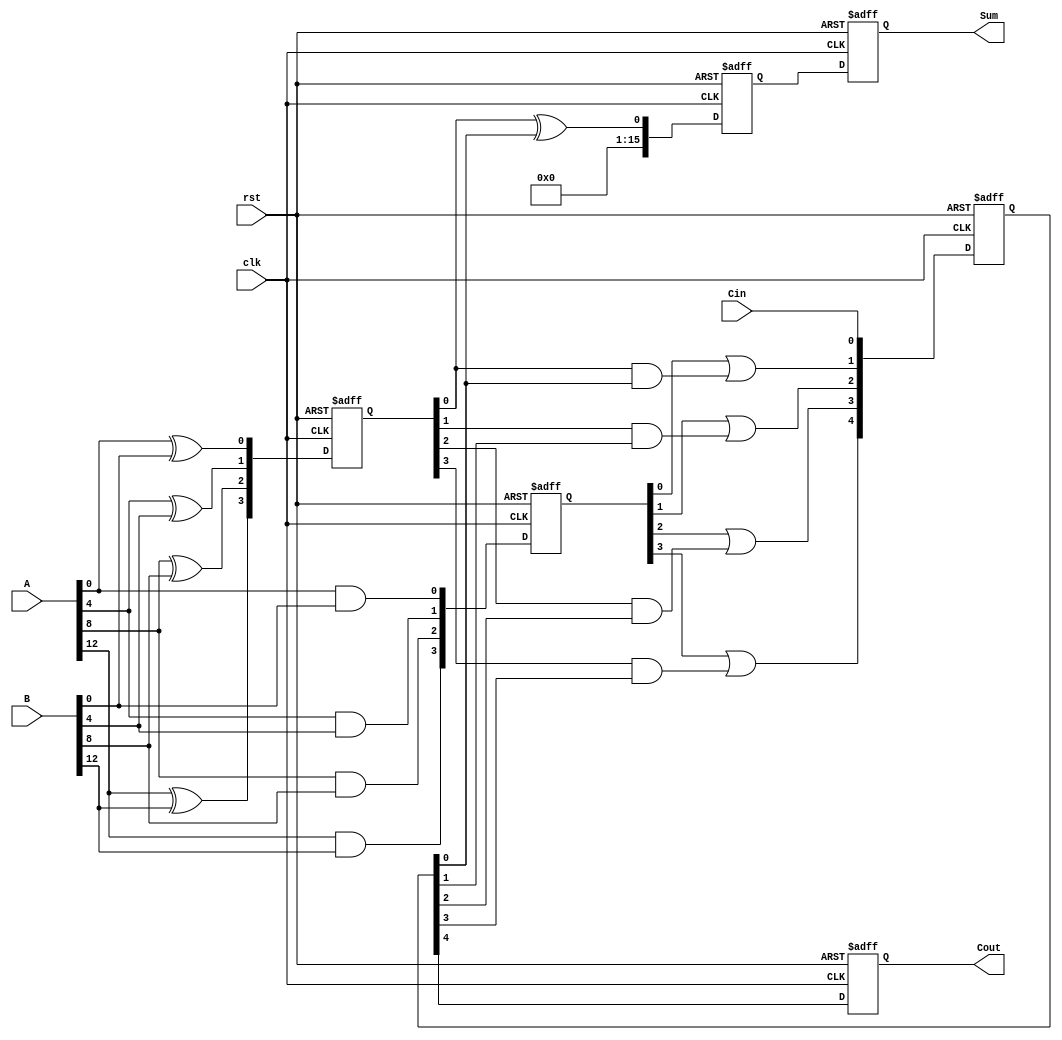
module PipelinedCLA (
    input wire clk,
    input wire rst,
    input wire [15:0] A,
    input wire [15:0] B,
    input wire Cin,
    output reg [15:0] Sum,
    output reg Cout
);

    // Parameters
    localparam N = 4; // Number of groups
    localparam GROUP_SIZE = 4; // Size of each group

    // Internal signals
    reg [N-1:0] P; // Propagate signals
    reg [N-1:0] G; // Generate signals
    reg [N:0] C; // Carry signals
    reg [15:0] Sum_stage [0:N-1]; // Sum for each stage

    // Stage 1: Compute P and G
    always @(posedge clk or posedge rst) begin
        if (rst) begin
            P <= 0;
            G <= 0;
            C <= 0;
        end else begin
            P[0] <= A[3:0] ^ B[3:0];
            G[0] <= A[3:0] & B[3:0];
            P[1] <= A[7:4] ^ B[7:4];
            G[1] <= A[7:4] & B[7:4];
            P[2] <= A[11:8] ^ B[11:8];
            G[2] <= A[11:8] & B[11:8];
            P[3] <= A[15:12] ^ B[15:12];
            G[3] <= A[15:12] & B[15:12];

            // Compute carry signals
            C[0] <= Cin;
            C[1] <= G[0] | (P[0] & C[0]);
            C[2] <= G[1] | (P[1] & C[1]);
            C[3] <= G[2] | (P[2] & C[2]);
            C[4] <= G[3] | (P[3] & C[3]);
        end
    end

    // Stage 2: Compute Sum for each group
    always @(posedge clk or posedge rst) begin
        if (rst) begin
            Sum_stage[0] <= 0;
            Sum_stage[1] <= 0;
            Sum_stage[2] <= 0;
            Sum_stage[3] <= 0;
        end else begin
            Sum_stage[0] <= P[0] ^ C[0];
            Sum_stage[1] <= P[1] ^ C[1];
            Sum_stage[2] <= P[2] ^ C[2];
            Sum_stage[3] <= P[3] ^ C[3];
        end
    end

    // Output Stage: Combine results
    always @(posedge clk or posedge rst) begin
        if (rst) begin
            Sum <= 0;
            Cout <= 0;
        end else begin
            Sum <= {Sum_stage[3], Sum_stage[2], Sum_stage[1], Sum_stage[0]};
            Cout <= C[4];
        end
    end

endmodule